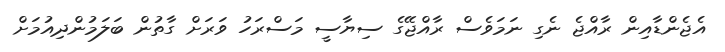
އެޖެންޑާއިން ރާއްޖެ ނެގި ނަމަވެސް ރާއްޖޭގެ ސިޔާސީ މަސްރަހު ވަރަށް ގާތުން ބަލަމުންދިއުމަށް